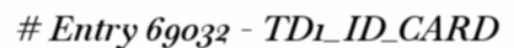
# Entry 69032 - TD1_ID_CARD